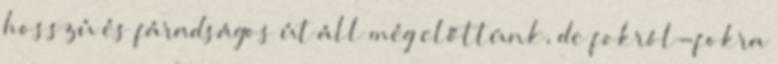
hosszú és fáradságos út áll még előttünk, de fokról-fokra